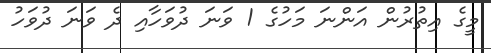
މީގެ އިތުރުން އަންނަ މަހުގެ 1 ވަނަ ދުވަހާއި ދެ ވަނަ ދުވަހު